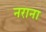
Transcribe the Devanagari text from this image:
नराना